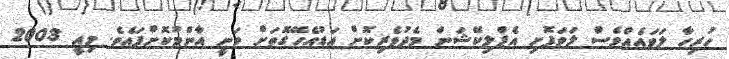
ހުރިހާ ލަވައެއްވެސް ލަވަފޮށި އެޕްލިކޭޝަން މެދުވެރިކޮށް އަޑުއެހޭގޮތަށް ވަނީ އާންމުކޮށްފައެވެ. މިއީ 2003